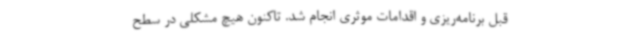
قبل برنامه‌ریزی و اقدامات موثری انجام شد. تاکنون هیچ مشکلی در سطح